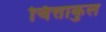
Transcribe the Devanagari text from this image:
चित्ताकुल